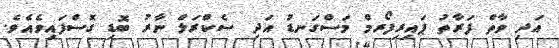
އަދި ވާތް ފަރާތު ޕައިރިފޯރމް މަސްގަނޑު އަދި ސެކްރަލް ނާރު ބޮޑި ގޮސްފައިވެއެވެ.